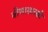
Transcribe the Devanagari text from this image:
वीणासारखी